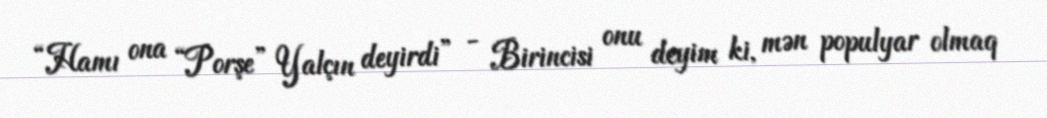
“Hamı ona “Porşe” Yalçın deyirdi” - Birincisi onu deyim ki, mən populyar olmaq